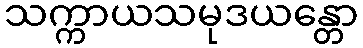
သက္ကာယသမုဒယန္တော